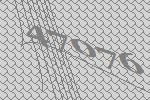
47076